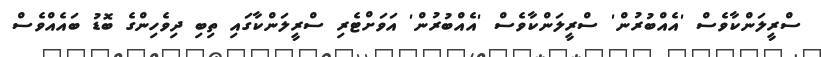
ސްރީލަންކާވެސް 'އެއްބުރުން' ސްރީލަންކާވެސް 'އެއްބުރުން' އަވަށްޓެރި ސްރީލަންކާގައި ތިބި ދިވެހިންގެ ބޮޑު ބައެއްވެސް